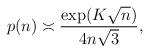
LaTeX: \begin{align*}p(n) \asymp {{\exp(K\sqrt n)}\over {4n\sqrt 3}},\end{align*}